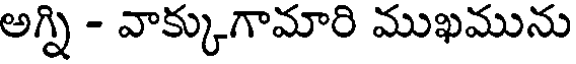
అగ్ని - వాక్కుగామారి ముఖమును